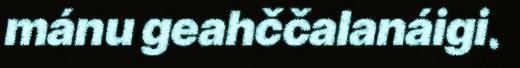
mánu geahččalanáigi.